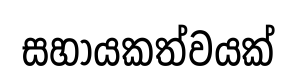
සහායකත්වයක්